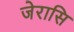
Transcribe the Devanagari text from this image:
जेरासि